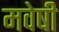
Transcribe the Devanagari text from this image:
मवेषी